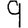
Digit: 9